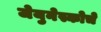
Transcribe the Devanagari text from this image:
जेयुनेस्कोचे